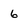
Character: 6